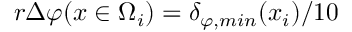
{ r \Delta \varphi ( x \in \Omega _ { i } ) = \delta _ { \varphi , m i n } ( x _ { i } ) / 1 0 }